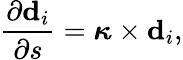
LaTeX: \frac{\partial\mathbf{d}_{i}}{\partial s}=\boldsymbol\kappa\times\mathbf{d}_{i},